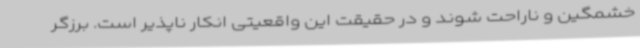
خشمگین و ناراحت شوند و در حقیقت این واقعیتی انکار ناپذیر است. برزگر